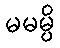
မမမ္ပိ